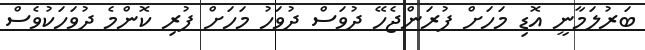
ބަރުލަމާނީ އޮޑި މަހަށް ފުރަންޖެހޭ ދުވަސް ދުވަހު މަހަށް ފުރި ކޮންމެ ދުވަހަކުވެސް